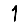
Digit: 1